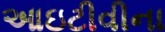
આઇટીવીના